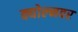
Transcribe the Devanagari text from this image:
क्योल्नवर